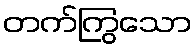
တက်ကြွသော